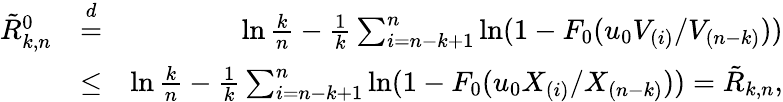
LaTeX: \begin{array}{rlr}{\tilde{R}_{k,n}^{0}}&{\stackrel{d}{=}}&{\ln\frac{k}{n}-\frac{1}{k}\sum_{i=n-k+1}^{n}\ln(1-F_{0}(u_{0}V_{(i)}/V_{(n-k)}))}\\ &{\le}&{\ln\frac{k}{n}-\frac{1}{k}\sum_{i=n-k+1}^{n}\ln(1-F_{0}(u_{0}X_{(i)}/X_{(n-k)}))=\tilde{R}_{k,n},}\end{array}